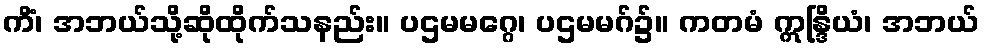
ကိံ၊ အဘယ်သို့ဆိုထိုက်သနည်း။ ပဌမမဂ္ဂေ၊ ပဌမမဂ်၌။ ကတမံ ဣန္ဒြိယံ၊ အဘယ်